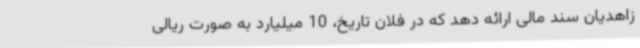
زاهدیان سند مالی ارائه دهد که در فلان تاریخ، 10 میلیارد به صورت ریالی